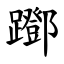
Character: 䠬